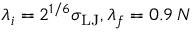
\lambda _ { i } = 2 ^ { 1 / 6 } \sigma _ { \mathrm { L J } } , \lambda _ { f } = 0 . 9 \, N